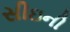
સીઇની